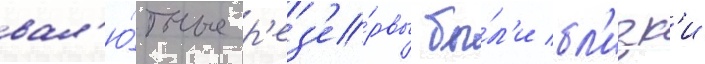
вал'ю́тные р'ез'е́рвы бы́л'и бл'изк'и